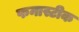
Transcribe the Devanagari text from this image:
फनास्टीक